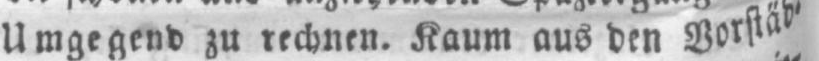
Umgegend zu rechnen. Kaum aus den Vorstäd⸗